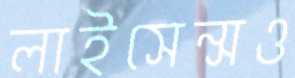
লাইসেন্সও